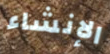
الإنشاء